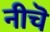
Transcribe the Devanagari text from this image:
नीचॆ